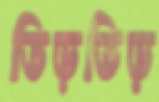
তিড়তিড়